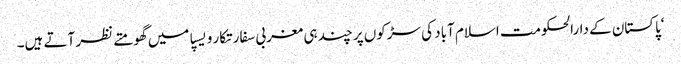
‘پاکستان کے دارالحکومت اسلام آباد کی سڑکوں پر چند ہی مغربی سفارتکار ویسپا میں گھومتے نظر آتے ہیں۔